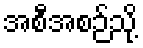
အစီအစဉ်သို့